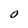
Character: O